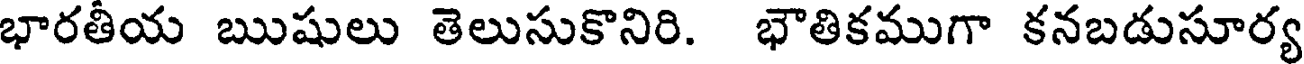
భారతీయ ఋషులు తెలుసుకొనిరి. భౌతికముగా కనబడుసూర్య